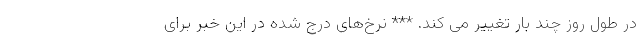
در طول روز چند بار تغییر می کند. *** نرخ‌های درج شده در این خبر برای